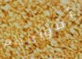
أفواههم